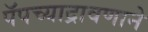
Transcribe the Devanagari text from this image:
पॅपच्याद्रावणाने